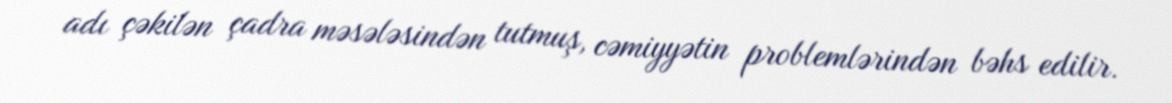
adı çəkilən çadra məsələsindən tutmuş, cəmiyyətin problemlərindən bəhs edilir.